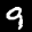
Label: 9